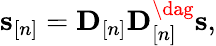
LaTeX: \begin{array}{r}{{\mathbf s}_{[n]}={\mathbf D}_{[n]}{\mathbf D}_{[n]}^{\dag}{\mathbf s},}\end{array}